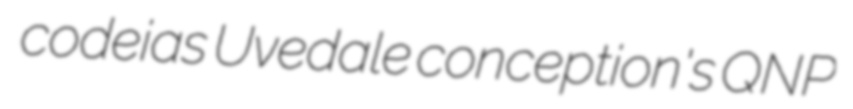
codeias Uvedale conception's QNP